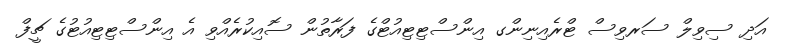
އަދި ސިވިލް ސަރވިސް ޓްރެއިނިންގ އިންސްޓިޓިއުޓްގެ ފަރާތުން ސޮއިކުރެއްވި އެ އިންސްޓިޓިއުޓުގެ ޗީފް